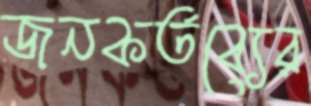
জনকর্তব্যের